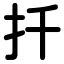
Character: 扦